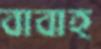
বাবাহ্